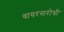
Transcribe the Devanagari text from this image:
वायरसरोधी